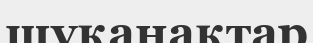
шұқанақтар